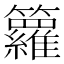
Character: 籮